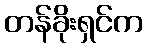
တန်ခိုးရှင်က